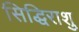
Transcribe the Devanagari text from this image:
सिद्धिराशु